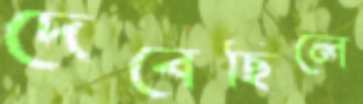
দেবেছিলে